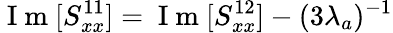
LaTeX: \mathrm{~I~m~}[S_{xx}^{11}]=\mathrm{~I~m~}[S_{xx}^{12}]-(3\lambda_{a})^{-1}